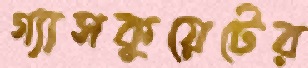
গ্যাসকুয়েটের